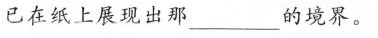
已在纸上展现出那__的境界。